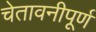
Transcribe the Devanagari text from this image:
चेतावनीपूर्ण